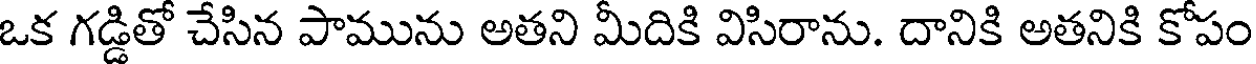
ఒక గడ్డితో చేసిన పామును అతని మీదికి విసిరాను. దానికి అతనికి కోపం